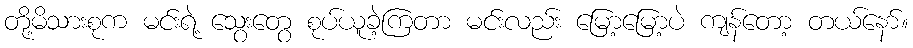
တို့မိသားစုက မင်းရဲ့ သွေးတွေ စုပ်ယူခဲ့ကြတာ မင်းလည်း မြော့မြော့ပဲ ကျန်တော့ တယ်နော်။